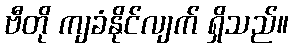
ဗီတို ကျခံနိုင်လျက် ရှိသည်။